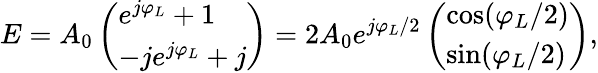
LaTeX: E=A_{0}\left(\begin{array}{l}{e^{j\varphi_{L}}+1}\\ {-je^{j\varphi_{L}}+j}\end{array}\right)=2A_{0}e^{j\varphi_{L}/2}\left(\begin{array}{l}{\cos(\varphi_{L}/2)}\\ {\sin(\varphi_{L}/2)}\end{array}\right),